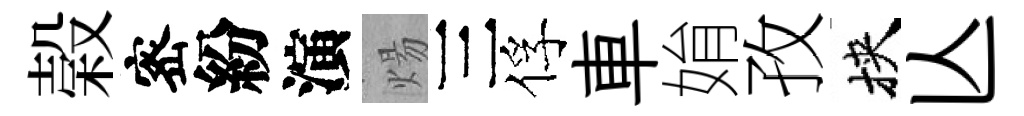
榖宻紛演煬三俘車姢孜挾亾